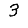
Digit: 3